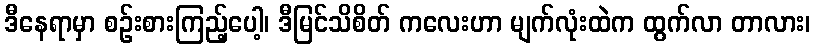
ဒီနေရာမှာ စဉ်းစားကြည့်ပေါ့၊ ဒီမြင်သိစိတ် ကလေးဟာ မျက်လုံးထဲက ထွက်လာ တာလား၊